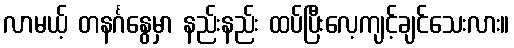
လာမယ့် တနင်္ဂနွေမှာ နည်းနည်း ထပ်ပြီးလေ့ကျင့်ချင်သေးလား။